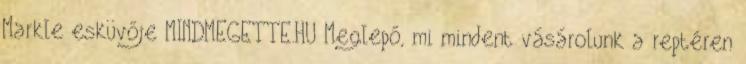
Markle esküvője MINDMEGETTE.HU Meglepő, mi mindent vásárolunk a reptéren